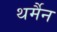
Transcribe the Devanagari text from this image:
थर्मैन